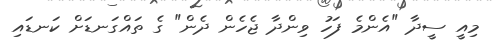
މިއީ ސީދާ "އެންމެ ފަހު ވިންދާ ޖެހެން ދެން" ގެ ތައްގަނޑަށް ކަނޑައި